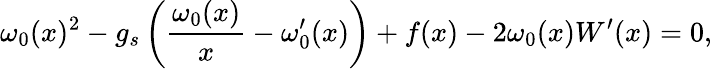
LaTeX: \omega_{0}(x)^{2}-g_{s}\left(\frac{\omega_{0}(x)}{x}-\omega_{0}^{\prime}(x)\right)+f(x)-2\omega_{0}(x)W^{\prime}(x)=0,